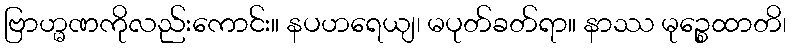
ဗြာဟ္မဏကိုလည်းကောင်း။ နပဟရေယျ၊ မပုတ်ခတ်ရာ။ နာဿ မုဉ္စေထာတိ၊